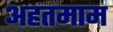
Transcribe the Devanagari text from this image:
अहतमाम